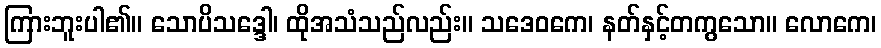
ကြားဘူးပါ၏။ သောပိသဒ္ဒေါ၊ ထိုအသံသည်လည်း။ သဒေဝကေ၊ နတ်နှင့်တကွသော။ လောကေ၊